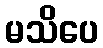
မသိပေ